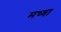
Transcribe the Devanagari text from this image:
मध्वा